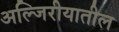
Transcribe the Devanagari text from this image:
अल्जिरीयातील